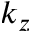
k _ { z }